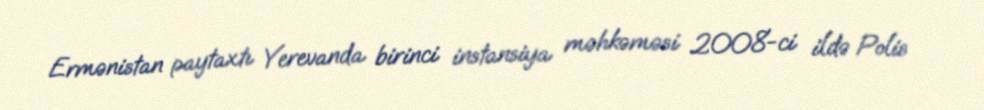
Ermənistan paytaxtı Yerevanda birinci instansiya məhkəməsi 2008-ci ildə Polis